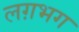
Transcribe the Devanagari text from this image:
लग़भग